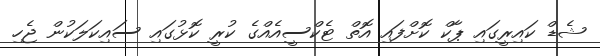
ޝެޑް ކައިރީގައި ޕާކް ކޮށްފައި އޮތް ޓެކްސީއެއްގެ ކުރީ ކޮޅުގައި ސައިކަލަކުން ޖެހި